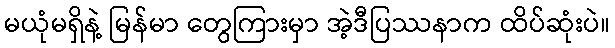
မယုံမရှိနဲ့ မြန်မာ တွေကြားမှာ အဲ့ဒီပြဿနာက ထိပ်ဆုံးပဲ။